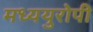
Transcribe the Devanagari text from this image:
मध्ययुरोपी